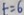
t = 6